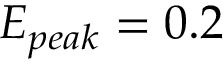
E _ { p e a k } = 0 . 2